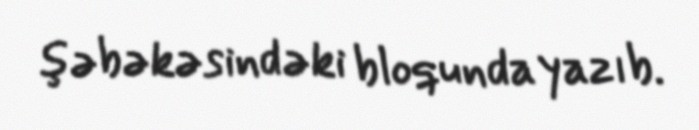
şəbəkəsindəki bloqunda yazıb.